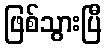
ဖြစ်သွားပြီ